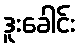
ဒူးခေါင်း